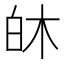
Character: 𪽻